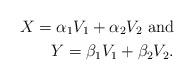
LaTeX: \begin{align*} X = \alpha_1V_1 + \alpha_2V_2 \ \mathrm{and} \\ Y = \beta_1V_1 + \beta_2V_2.\end{align*}